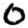
Digit: 0